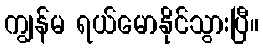
ကျွန်မ ရယ်မောနိုင်သွားပြီ။